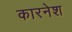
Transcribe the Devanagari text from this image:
कारनेश